Annual administration report of the Civil Veterinary Department of India - 1898-1899
Year: 1898
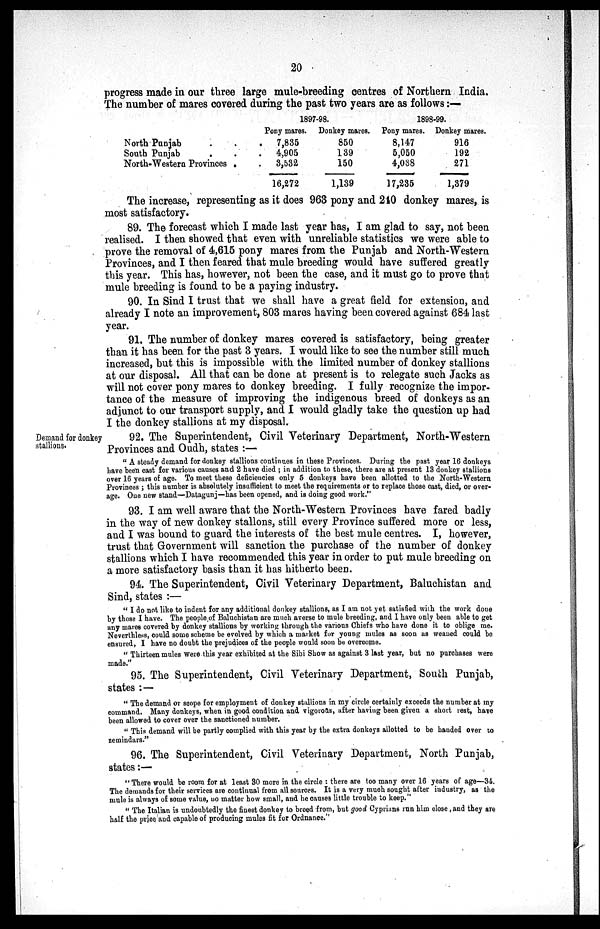
20
progress made in our three large mule-breeding centres of Northern India.
The number of mares covered during the past two years are as follows:—
North Punjab . .
South Punjab . .
North-Western Provinces . .
1897-98.
Pony mares.
7,835
4,905
3,532
16,272
Donkey mares.
850
139
150
1,139
1898-99.
Pony mares.
8,147
5,050
4,038
17,235
Donkey mares.
916
192
271
1,379
The increase, representing as it does 963 pony and 240 donkey mares, is
most satisfactory.
89. The forecast which I made last year has, I am glad to say, not been
realised. I then showed that even with unreliable statistics we were able to
prove the removal of 4,615 pony mares from the Punjab and North-Western
Provinces, and I then feared that mule breeding would have suffered greatly
this year. This has, however, not been the case, and it must go to prove that
mule breeding is found to be a paying industry.
90. In Sind I trust that we shall have a great field for extension, and
already I note an improvement, 803 mares having been covered against 684 last
year.
91. The number of donkey mares covered is satisfactory, being greater
than it has been for the past 3 years. I would like to see the number still much
increased, but this is impossible with the limited number of donkey stallions
at our disposal. All that can be done at present is to relegate such Jacks as
will not cover pony mares to donkey breeding. I fully recognize the impor-
tance of the measure of improving the indigenous breed of donkeys as an
adjunct to our transport supply, and I would gladly take the question up had
I the donkey stallions at my disposal.
Demand for donkey
stallions.
92. The Superintendent, Civil Veterinary Department, North-Western
Provinces and Oudh, states:—
"A steady demand for donkey stallions continues in these Provinces. During the past year 16 donkeys
have been cast for various causes and 2 have died; in addition to these, there are at present 13 donkey stallions
over 16 years of age. To meet these deficiencies only 5 donkeys have been allotted to the North-Western
Provinces; this number is absolutely insufficient to meet the requirements or to replace those cast, died, or over-
age. One new stand—Datagunj—has been opened, and is doing good work."
93. I am well aware that the North-Western Provinces have fared badly
in the way of new donkey stallons, still every Province suffered more or less,
and I was bound to guard the interests of the best mule centres. I, however,
trust that Government will sanction the purchase of the number of donkey
stallions which I have recommended this year in order to put mule breeding on
a more satisfactory basis than it has hitherto been.
94. The Superintendent, Civil Veterinary Department, Baluchistan and
Sind, states:—
"I do not like to indent for any additional donkey stallions, as I am not yet satisfied with the work done
by those I have. The people of Baluchistan are much averse to mule breeding, and I have only been able to get
any mares covered by donkey stallions by working through the various Chiefs who have done it to oblige me.
Neverthless, could some scheme be evolved by which a market for young mules as soon as weaned could be
ensured, I have no doubt the prejudices of the people would soon be overcome.
"Thirteen mules were this year exhibited at the Sibi Show as against 3 last year, but no purchases were
made."
95. The Superintendent, Civil Veterinary Department, South Punjab,
states:—
"The demand or scope for employment of donkey stallions in my circle certainly exceeds the number at my
command. Many donkeys, when in good condition and vigorous, after having been given a short rest, have
been allowed to cover over the sanctioned number.
"This demand will be partly complied with this year by the extra donkeys allotted to be handed over to
zemindars."
96. The Superintendent, Civil Veterinary Department, North Punjab,
states:—
"There would be room for at least 30 more in the circle: there are too many over 16 years of age—34.
The demands for their services are continual from all sources. It is a very much sought after industry, as the
mule is always of some value, no matter how small, and he causes little trouble to keep."
"The Italian is undoubtedly the finest donkey to breed from, but good Cyprians run him close, and they are
half the price and capable of producing mules fit for Ordnance."